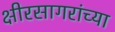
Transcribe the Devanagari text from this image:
क्षीरसागरांच्या